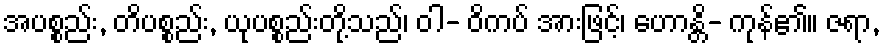
အပစ္စည်း, တိပစ္စည်း, ယုပစ္စည်းတို့သည်၊ ဝါ- ဝိကပ် အားဖြင့်၊ ဟောန္တိ- ကုန်၏။ ဇရာ,